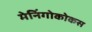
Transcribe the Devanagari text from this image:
मेनिंगोकोकस